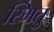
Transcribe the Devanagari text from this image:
स्मितु